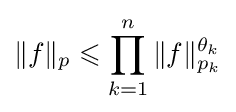
\|f\|_{p}\leqslant \prod _{k=1}^{n}\|f\|_{p_{k}}^{\theta _{k}}